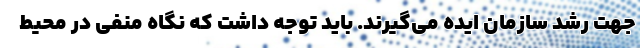
جهت رشد سازمان ایده می‌گیرند. باید توجه داشت که نگاه منفی در محیط